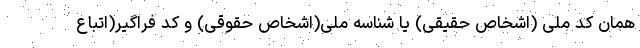
همان کد ملی (اشخاص حقیقی) یا شناسه ملی(اشخاص حقوقی) و کد فراگیر(اتباع